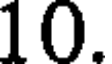
10.